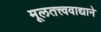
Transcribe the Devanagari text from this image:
मूलतत्त्ववाद्याने